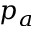
p _ { a }